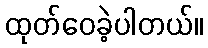
ထုတ်ဝေခဲ့ပါတယ်။